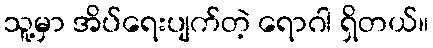
သူ့မှာ အိပ်ရေးပျက်တဲ့ ရောဂါ ရှိတယ်။